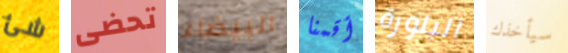
شئ تحضى البيضاء أقمنا البلورة سيأخذك